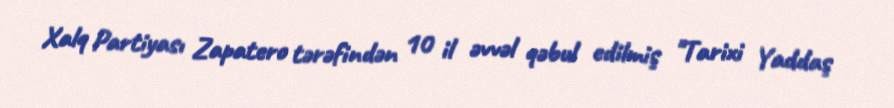
Xalq Partiyası Zapatero tərəfindən 10 il əvvəl qəbul edilmiş "Tarixi Yaddaş